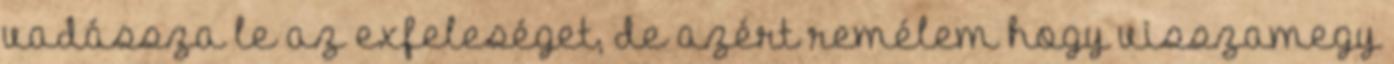
vadássza le az exfeleséget, de azért remélem hogy visszamegy